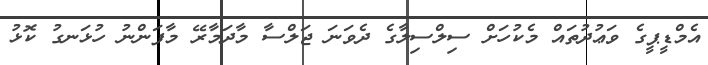
އެމްޑީޕީގެ ވަޢުދުތައް މެކުހަށް ސިލްސިލާގެ ދެވަނަ ޖަލްސާ މާދަމާރޭ މާފަންނު ހުޅަނގު ކޮޅު